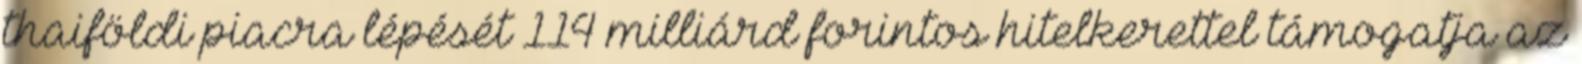
thaiföldi piacra lépését 114 milliárd forintos hitelkerettel támogatja az